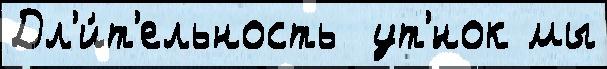
Дл'и́т'ельность  ут'́нок мы